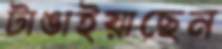
টাঙাইয়াছেন